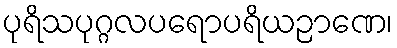
ပုရိသပုဂ္ဂလပရောပရိယဉာဏေ၊